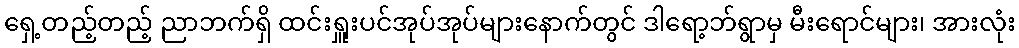
ရှေ့တည့်တည့် ညာဘက်ရှိ ထင်းရှူးပင်အုပ်အုပ်များနောက်တွင် ဒါရော့ဘ်ရွာမှ မီးရောင်များ၊ အားလုံး